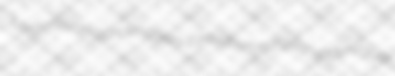
Miescherian condensaries pseudomorphosis undervaluer